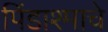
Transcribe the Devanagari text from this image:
पिंडाश्माचे